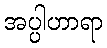
အပ္ပါဟာရာ